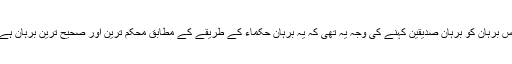
اس برہان کو برہانِ صدّیقین کہنے کی وجہ یہ تھی کہ یہ برہان حکماء کے طریقے کے مطابق محکم ترین اور صحیح ترین برہان ہے۔